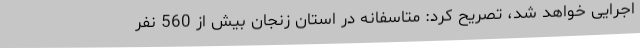
اجرایی خواهد شد، تصریح کرد: متاسفانه در استان زنجان بیش از 560 نفر